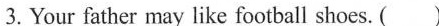
3.Your father may like football shoes. ( )